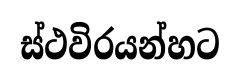
ස්ථවිරයන්හට